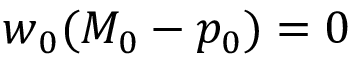
\boldsymbol { w } _ { 0 } ( M _ { 0 } - p _ { 0 } ) = 0